Report of the Indian Hemp Drugs Commission, 1894-1895 - Volume VIII
Year: 1894
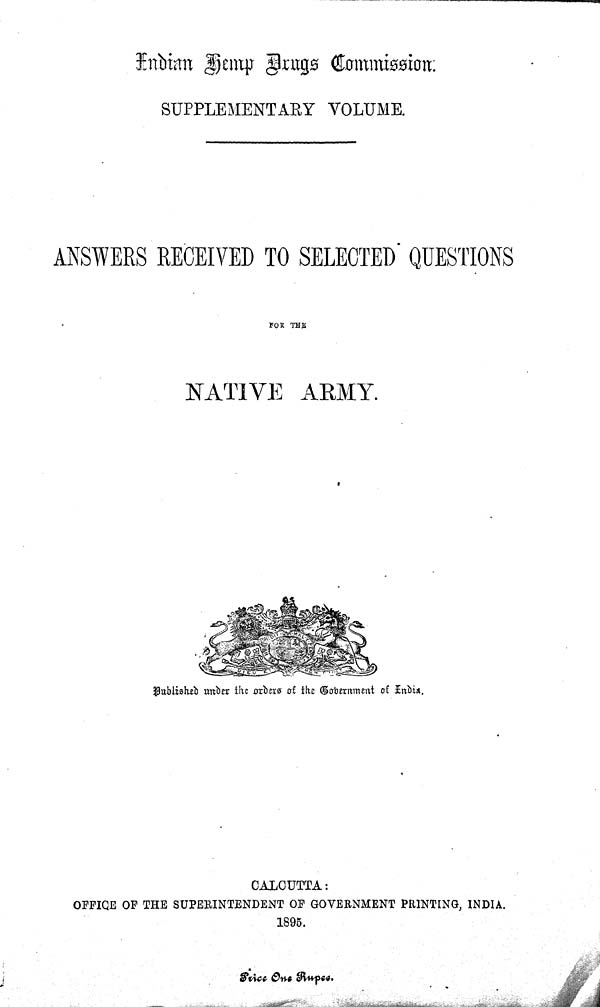
Indian Hemp Drugs Commission.
SUPPLEMENTARY VOLUME.
ANSWERS RECEIVED TO SELECTED QUESTIONS
FOR THE
NATIVE ARMY.
Published under the orders of the Government of India.
CALCUTTA:
OFFICE OF THE SUPERINTENDENT OF GOVERNMENT PRINTING, INDIA.
1895.
Price One Rupee.